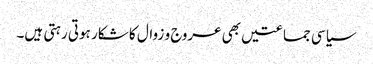
سیاسی جماعتیں بھی عروج و زوال کا شکار ہوتی رہتی ہیں۔